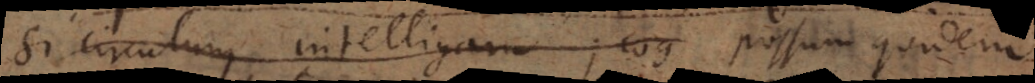
Si circulum intelligam; cog Possum quidem